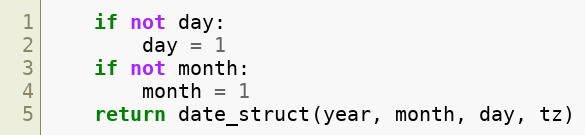
Language: Python
    if not day:
        day = 1
    if not month:
        month = 1
    return date_struct(year, month, day, tz)